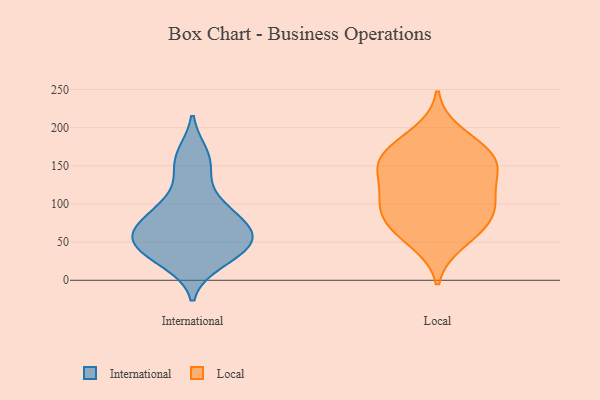
{"axis": {"x": "Conversion Rate (%)", "y": "Value"}, "legend": ["International", "Local"], "data": [{"x": "", "y": 43, "type": "International"}, {"x": "", "y": 55, "type": "International"}, {"x": "", "y": 95, "type": "International"}, {"x": "", "y": 70, "type": "International"}, {"x": "", "y": 65, "type": "International"}, {"x": "", "y": 34, "type": "International"}, {"x": "", "y": 96, "type": "International"}, {"x": "", "y": 167, "type": "International"}, {"x": "", "y": 22, "type": "International"}, {"x": "", "y": 142, "type": "International"}, {"x": "", "y": 57, "type": "International"}, {"x": "", "y": 91, "type": "Local"}, {"x": "", "y": 63, "type": "Local"}, {"x": "", "y": 166, "type": "Local"}, {"x": "", "y": 70, "type": "Local"}, {"x": "", "y": 103, "type": "Local"}, {"x": "", "y": 158, "type": "Local"}, {"x": "", "y": 126, "type": "Local"}, {"x": "", "y": 143, "type": "Local"}, {"x": "", "y": 99, "type": "Local"}, {"x": "", "y": 159, "type": "Local"}, {"x": "", "y": 171, "type": "Local"}, {"x": "", "y": 49, "type": "Local"}, {"x": "", "y": 193, "type": "Local"}, {"x": "", "y": 88, "type": "Local"}, {"x": "", "y": 134, "type": "Local"}]}